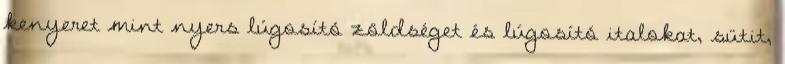
kenyeret mint nyers lúgosító zöldséget és lúgosító italokat, sütit,